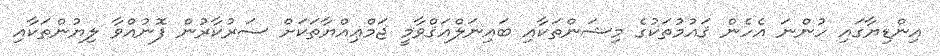
އިންޑިޔާގައި ހުންނަ އެހެން ޤައުމުތަކުގެ މިޝަންތަކާއި ބައިނަލްއަޤްވާމީ ޖަމްޢިއްޔާތަކަށް ސަރުކާރުން ފޮނުއްވާ ލިޔުންތަކާއި